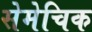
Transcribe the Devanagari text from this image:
सेमेचिक